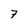
Character: 7